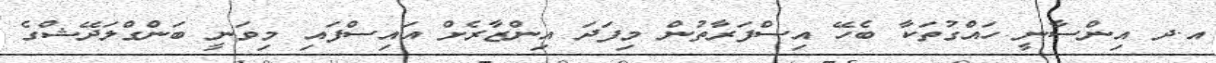
އ.ދ އިންސާނީ ހައްގުތަކާ ބެހޭ އިސްފަރާތުން މިފަދަ އިންޒާރެށް އައިސްފައި މިވަނީ ބަންގްލަދޭޝްގެ